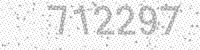
Solution: 712297